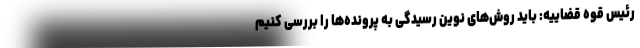
رئیس قوه قضاییه: باید روش‌های نوین رسیدگی به پرونده‌ها را بررسی کنیم